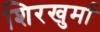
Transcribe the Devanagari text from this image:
शिरखुर्मा